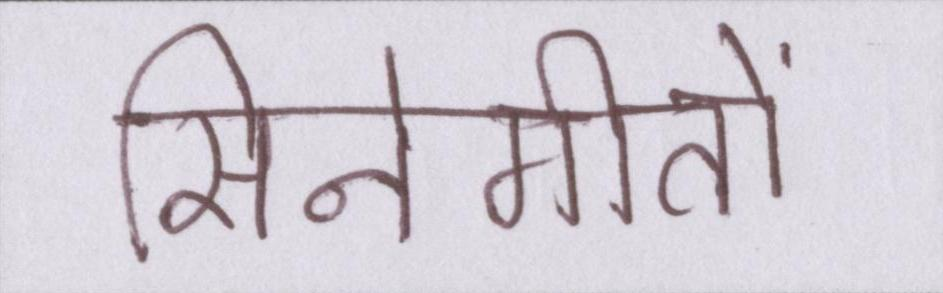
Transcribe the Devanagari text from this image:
सिनेगीतों